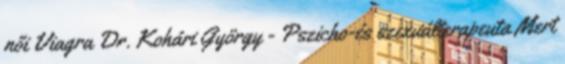
női Viagra Dr. Kohári György - Pszicho-és szexuálterapeuta Mert